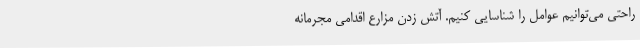
‌راحتی می‌توانیم عوامل را شناسایی کنیم. آتش زدن مزارع اقدامی مجرمانه